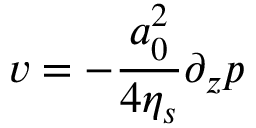
v = - \frac { a _ { 0 } ^ { 2 } } { 4 \eta _ { s } } \partial _ { z } p